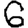
Digit: 6